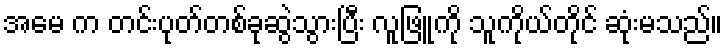
အမေ က တင်းပုတ်တစ်ခုဆွဲသွားပြီး လူဖြူကို သူကိုယ်တိုင် ဆုံးမသည်။